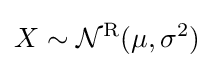
X\sim {\mathcal {N}}^{\textrm {R}}(\mu ,\sigma ^{2})